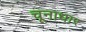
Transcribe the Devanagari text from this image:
चूनाधार